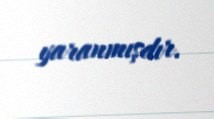
yaranmışdır.